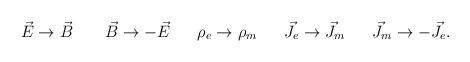
LaTeX: \begin{align*}\vec E \rightarrow \vec B~~~~~~\vec B \rightarrow -\vec E~~~~~\rho_e \rightarrow \rho_m ~~~~~\vec J_e \rightarrow \vec J_m ~~~~~\vec J_m \rightarrow- \vec J_e.\end{align*}